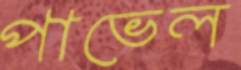
পাভেল